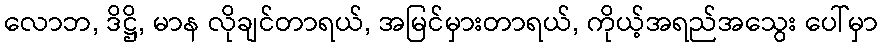
လောဘ, ဒိဋ္ဌိ, မာန လိုချင်တာရယ်, အမြင်မှားတာရယ်, ကိုယ့်အရည်အသွေး ပေါ်မှာ